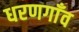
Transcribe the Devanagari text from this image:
धरणगाँव